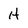
Character: H